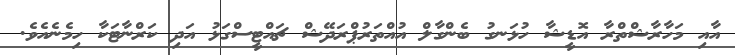
އާއި މަހާރާޝްތްރާ އޮޑީޝާ ހުޅަނގު ބެންގާލް އުއްތަރުޕްރަދޭޝް ޗައްޓީސްގަޅު އަދި ކަރްނާޓަކާ ހިމެނެއެވެ.